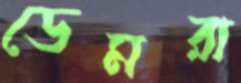
ডেমরা